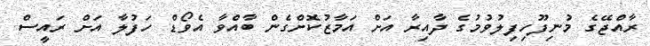
ރާއްޖޭގެ މުނިފޫހިފިލުވުމުގެ ދާއިރާ އަށް އަމާޒުކޮށްގެން ބާއްވާ އެވޯޑް ހަފުލާ އަށް ރައީސް